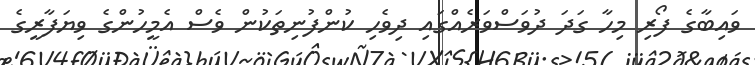
ވައިބާގެ ފޯރި މިހާ ގަދަ ދުވަސްވަރެއްގައި ދިވެހި ކުންފުނިތަކުން ވެސް އެމީހުންގެ ވިޔަފާރީގެ